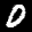
Label: 0